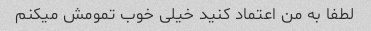
لطفا به من اعتماد کنید خیلی خوب تمومش میکنم